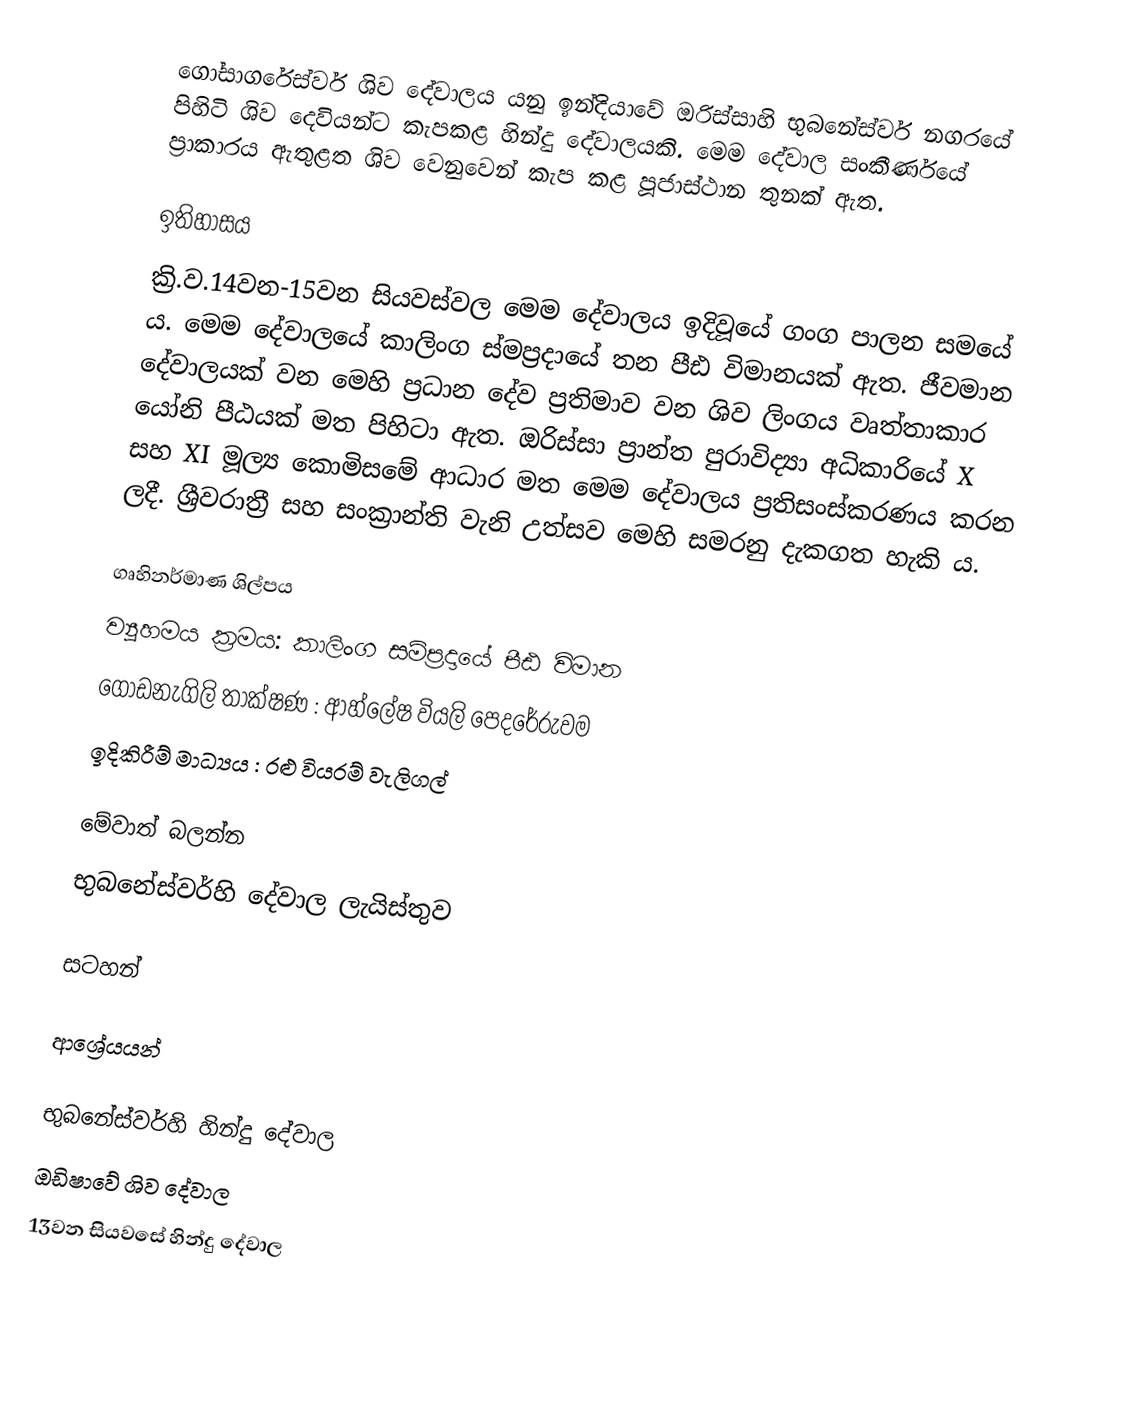
ගෝසාගරේස්වර් ශිව දේවාලය යනු ඉන්දියාවේ ඔරිස්සාහි භුබනේස්වර් නගරයේ පිහිටි ශිව දෙවියන්ට කැපකළ හින්දු දේවාලයකි. මෙම දේවාල සංකීර්ණයේ ප්‍රාකාරය ඇතුළත ශිව වෙනුවෙන් කැප කළ පූජාස්ථාන තුනක් ඇත.

ඉතිහාසය
ක්‍රි.ව.14වන-15වන සියවස්වල මෙම දේවාලය ඉදිවූයේ ගංග පාලන සමයේ ය. මෙම දේවාලයේ කාලිංග ස්මප්‍රදායේ තන පීඪ විමානයක් ඇත. ජීවමාන දේවාලයක් වන මෙහි ප්‍රධාන දේව ප්‍රතිමාව වන ශිව ලිංගය වෘත්තාකාර යෝනි පීඨයක් මත පිහිටා ඇත. ඔරිස්සා ප්‍රාන්ත පුරාවිද්‍යා අධිකාරියේ X සහ XI මූල්‍ය කොමිසමේ ආධාර මත මෙම දේවාලය ප්‍රතිසංස්කරණය කරන ලදී. ශ්‍රීවරාත්‍රී සහ සංක්‍රාන්ති වැනි උත්සව මෙහි සමරනු දැකගත හැකි ය.

ගෘහිනර්මාණ ශිල්පය
ව්‍යූහමය ක්‍රමය: කාලිංග සම්ප්‍රදායේ පීඪ විමාන
ගොඩනැගිලි තාක්ෂණ : ආහ්ලේෂ වියලි පෙදරේරුවම
ඉදිකිරීම් මාධ්‍යය : රළු වියරම් වැලිගල්

මේවාත් බලන්න
 භුබනේස්වර්හි දේවාල ලැයිස්තුව

සටහන්

ආශ්‍රේයයන්

භුබනේස්වර්හි හින්දු දේවාල
ඔඩිෂාවේ ශිව දේවාල
13වන සියවසේ හින්දු දේවාල